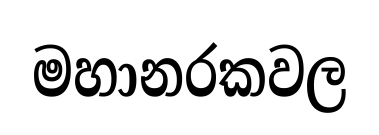
මහානරකවල